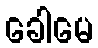
ခေါမေ